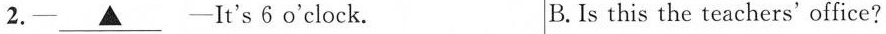
2.— \underline{▲}— It's 6o'clock. B.Is this the teachers' office?